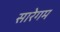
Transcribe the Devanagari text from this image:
सारेगम